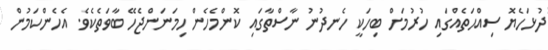
ދުޅަހެޔޮ ސިއްޙަތެއްގައި ހުރުމަށް ބިހަކީ ހެނދުނު ނާސްތާގައި ކޮންމެހެން ހިމަނަންޖެހޭ ބާވަތެކެވެ. އެހެންކަމުން